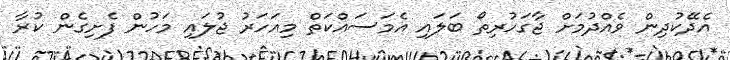
އެދޭކުދިން ވެއްދުމަށް ޖާގަހުރިތޯ ބަލައި އެމަސައްކަތް މިއަހަރު ޖުލައި މަހުން ފެށިގެން ކުރާ